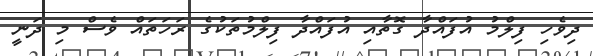
ދިވެހި ފިލްމު އުފައްދާ ގޮތާއި އުފައްދާ ފިލްމުތަކުގެ ރަހަތައް ވެސް މި ދަނީ